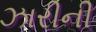
ઝારીની